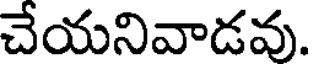
చేయనివాడవు.